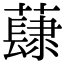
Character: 𧀳